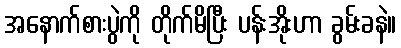
အနောက်စားပွဲကို တိုက်မိပြီး ပန်းအိုးဟာ ခွမ်းခနဲ။